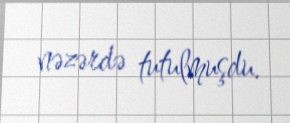
nəzərdə tutulmuşdu.